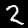
Label: 2